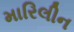
મારિલીન